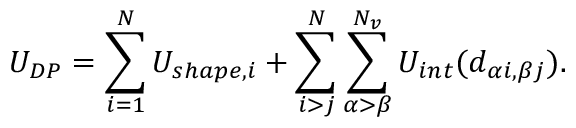
U _ { D P } = \sum _ { i = 1 } ^ { N } U _ { s h a p e , i } + \sum _ { i > j } ^ { N } \sum _ { \alpha > \beta } ^ { N _ { v } } U _ { i n t } ( d _ { \alpha i , \beta j } ) .